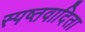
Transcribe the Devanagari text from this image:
स्पष्तवादिता